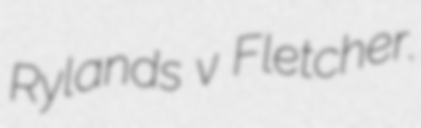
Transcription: Rylands v Fletcher.